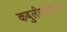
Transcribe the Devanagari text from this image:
कबुलीपत्रीकेवर